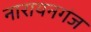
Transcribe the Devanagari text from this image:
नारायनगंज